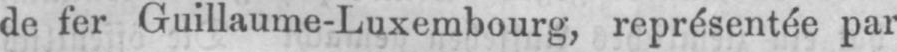
de fer Guillaume-Luxembourg, représentée par